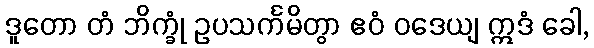
ဒူတော တံ ဘိက္ခုံ ဥပသင်္ကမိတွာ ဧဝံ ဝဒေယျ ဣဒံ ခေါ,